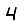
Digit: 4